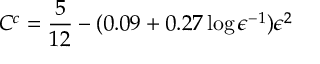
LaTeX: C ^ { c } = \frac { 5 } { 1 2 } - ( 0 . 0 9 + 0 . 2 7 \log { \epsilon ^ { - 1 } } ) \epsilon ^ { 2 }